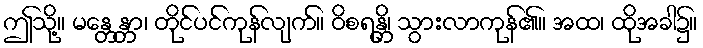
ဤသို့။ မန္တေန္တာ၊ တိုင်ပင်ကုန်လျက်။ ဝိစရန္တိ၊ သွားလာကုန်၏။ အထ၊ ထိုအခါ၌။